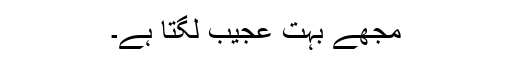
مجھے بہت عجیب لگتا ہے۔